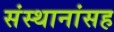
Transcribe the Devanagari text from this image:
संस्थानांसह